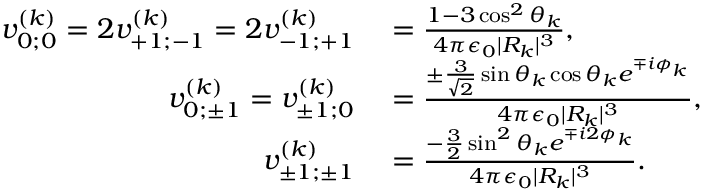
\begin{array} { r l } { v _ { 0 ; 0 } ^ { ( k ) } = 2 v _ { + 1 ; - 1 } ^ { ( k ) } = 2 v _ { - 1 ; + 1 } ^ { ( k ) } } & { { } = \frac { 1 - 3 \cos ^ { 2 } \theta _ { k } } { 4 \pi \epsilon _ { 0 } | R _ { k } | ^ { 3 } } , } \\ { v _ { 0 ; \pm 1 } ^ { ( k ) } = v _ { \pm 1 ; 0 } ^ { ( k ) } } & { { } = \frac { \pm \frac { 3 } { \sqrt { 2 } } \sin \theta _ { k } \cos \theta _ { k } e ^ { \mp i \phi _ { k } } } { 4 \pi \epsilon _ { 0 } | R _ { k } | ^ { 3 } } , } \\ { v _ { \pm 1 ; \pm 1 } ^ { ( k ) } } & { { } = \frac { - \frac { 3 } { 2 } \sin ^ { 2 } \theta _ { k } e ^ { \mp i 2 \phi _ { k } } } { 4 \pi \epsilon _ { 0 } | R _ { k } | ^ { 3 } } . } \end{array}